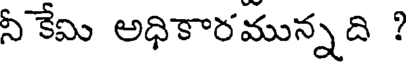
నీ కేమి అధికారమున్నది ?